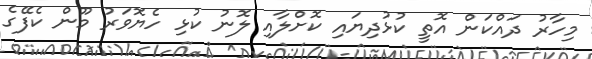
މިހާރު ދައްކަން އޮތީ ކުޅުދިޔައި ކޮށްލާއި ލޮނު ކުޅި ހެޔޮވަރު މޫން ކެފޭގެ